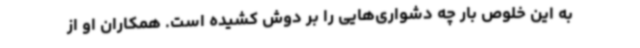
به این خلوص بار چه دشواری‌هایی را بر دوش کشیده است. همکاران او از